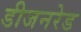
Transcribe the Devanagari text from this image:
डीजनरेड